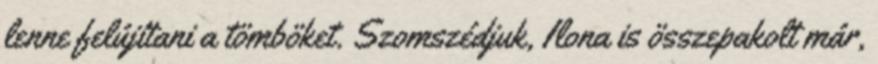
lenne felújítani a tömböket. Szomszédjuk, Ilona is összepakolt már,